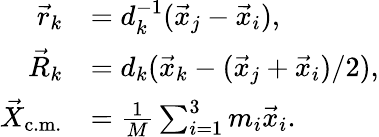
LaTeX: \begin{array}{rl}{\vec{r}_{k}}&{=d_{k}^{-1}(\vec{x}_{j}-\vec{x}_{i}),}\\ {\vec{R}_{k}}&{=d_{k}(\vec{x}_{k}-(\vec{x}_{j}+\vec{x}_{i})/2),}\\ {\vec{X}_{\mathrm{c.m.}}}&{=\frac{1}{M}\sum_{i=1}^{3}m_{i}\vec{x}_{i}.}\end{array}